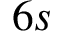
6 s